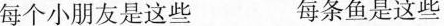
每个小朋友是这些 每条鱼是这些